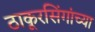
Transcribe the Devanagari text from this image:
ठाकूरसिंगांच्या